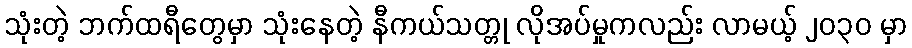
သုံးတဲ့ ဘက်ထရီတွေမှာ သုံးနေတဲ့ နီကယ်သတ္တု လိုအပ်မှုကလည်း လာမယ့် ၂၀၃၀ မှာ